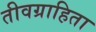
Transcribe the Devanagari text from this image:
तीवग्राहिता